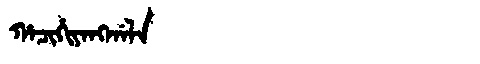
Manchu: ᡥᠠᠴᡳᡥᡳᠶᠠᠩᡤᠠᠯᠠ
Romanization: HACIHIYANGGALA